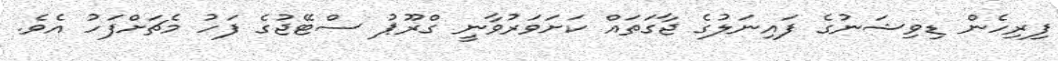
ފިރިހެން ޑިވިޝަނުގެ ފައިނަލުގެ ޖާގަތައް ކަށަވަރުވާނީ ގްރޫޕު ސްޓޭޖުގެ ފަހު މެޗަށްފަހު އެވެ.